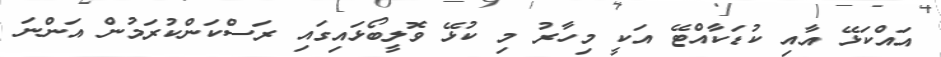
އައްކަޅޭ އާއި ކުޑަކާއްޓޭ އަކީ މިހާރު މި ކުޅޭ ވޮލީބޯޅައިގައި ރަސްކަންކުރަމުން އަންނަ